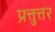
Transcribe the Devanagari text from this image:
प्रत्तुत्तर